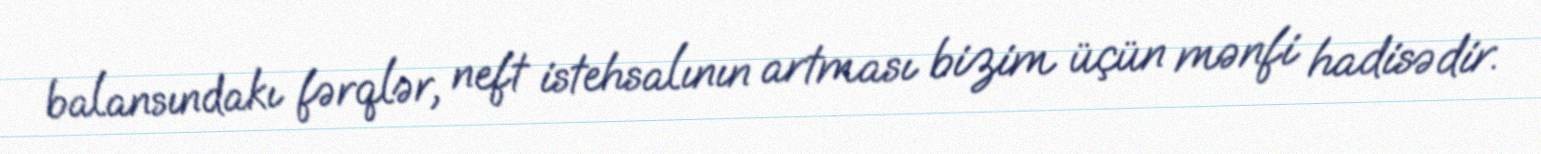
balansındakı fərqlər, neft istehsalının artması bizim üçün mənfi hadisədir.